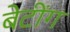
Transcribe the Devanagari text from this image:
बेटींग